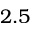
2 . 5